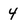
Character: 4